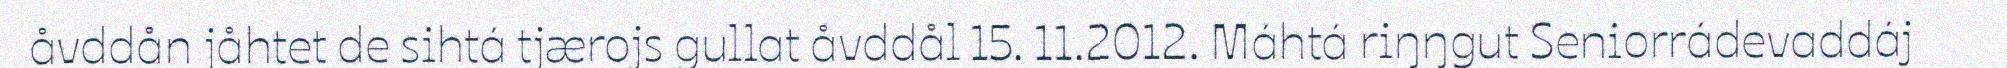
åvddån jåhtet de sihtá tjærojs gullat åvddål 15. 11.2012. Máhtá riŋŋgut Seniorrádevaddáj